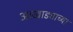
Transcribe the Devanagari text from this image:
आखाड्याच्या